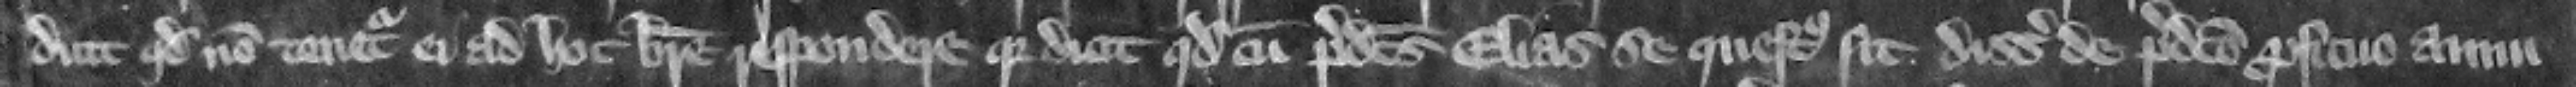
dicit quod non tenetur ei ad hoc breue respondere. Quia dicit quod cum predictus Elias se questus sit disseisiri de predicto proficuo annu